Vaccine operations Central Provinces 1886-1899 - 1886-1899
Year: 1886
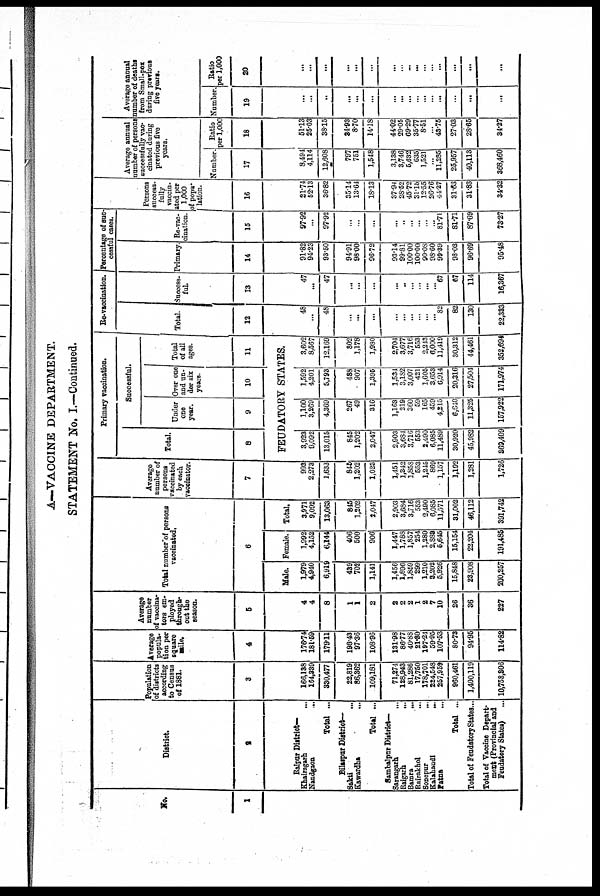
A—VACCINE DEPARTMENT.
STATEMENT No. I.—Continued.
No.
1
District.
2
Raipur District—
Khairagarh ...
Nandgaon
...
Total ...
Bilaspur District—
Sakti ...
Kawardha ...
Total ...
Sambalpur District—
Sarangarh
...
Raigarh
...
Bamra
...
Rairakhol
...
Sonepur ...
Kalahandi
...
Patna ...
Total ...
Total of FeudatoryStates ...
Total of Vaccine Depart¬
meat (Provincial and
Feudatory States)
...
Population
of districts
according
to Census
of 1881.
3
166,138
164,339
330,477
22,819
86,362
109,181
71,274
128,943
81,286
17,750
178,701
224,548
257,959
960,461
1,400,119
10,758,306
Average
popula-
tion per
square
mile.
4
176.74
181.59
179.11
198.43
97.36
108.96
131.98
86.77
40.88
21.30
197.24
59.95
107.53
80.73
94.95
114.82
Average
number
of vaccina¬
tors em-
ployed
through-
out the
season.
5
4
4
8
1
1
2
2
2
2
1
2
7
10
26
36
227
Total number of persons
vaccinated.
6
Male.
1,979
4,940
6,919
439
702
1,141
1,456
1,896
1,859
299
1,210
3,202
5,926
15,848
23,908
200,257
Female.
1,992
4,152
6,144
406
500
906
1,447
1,788
1,857
254
1,280
2,883
5,645
15,154
22,204
191,485
Total.
3,971
9,092
13,063
845
1,202
2,047
2,903
3,684
3,716
553
2,490
6,085
11,571
31,002
46,112
391,742
Average
number of
persons
vaccinated
by each
vaccinator.
7
993
2,273
1,633
845
1,202
1,023
1,451
1,342
1,858
553
1,245
869
1,157
1,192
1,281
1,726
Primary vaccination.
Total.
8
Successful.
Under
one
year.
9
Over one
and un-
der six
years.
10
Total
of all
ages.
11
FEUDATORY STATES.
3,923
9,092
13,015
845
1,202
2,047
2,903
3,684
3,716
553
2,490
6,085
11,489
30,920
45,982
369,409
1,100
3,269
4,369
267
49
316
1,163
219
360
59
165
459
4,215
6,640
11,325
157,922
1,592
4,201
5,793
488
907
1,395
1,534
3,182
3,007
421
1,605
3,653
6,014
20,316
27,504
171,974
3,602
8,567
12,169
802
1,178
1,980
2,704
3,677
3,716
553
2,243
6,000
11,419
30,312
44,461
352,694
Re-vaccination.
Total.
12
48
...
48
...
...
...
...
...
...
...
...
...
82
82
130
22,333
Success¬
ful.
13
47
...
47
...
...
...
...
...
...
...
...
...
67
67
114
16,367
Percentage of suc¬
cessful cases.
Primary.
14
91.82
94.23
93.50
94.91
98.00
96.72
93.14
99.81
100.00
100.00
90.08
98.60
99.39
98.03
96.69
95.48
Re-vac-
cination.
15
97.92
...
97.92
...
...
...
...
...
...
...
...
...
81.71
81.71
87.69
73.27
Persons
success-
fully
vaccin-
ated per
1,000
of popu-
lation.
16
21.74
52.13
36.82
35.14
13.64
18.13
37.94
28.52
45.72
31.15
12.55
26.76
44.27
31.63
31.83
34.32
Average annual
number of persons
successfully vac-
cinated daring
previous five
years.
Number.
17
8,494
4,114
12,608
797
751
1,548
3,138
3,746
5,632
635
1,521
...
11,285
25,957
40,113
368,460
Ratio
per 1,000
18
51.13
25.03
38.15
34.93
8.70
14.18
44.02
29.05
69.29
35.77
8.51
...
43.75
27.03
28.65
34.27
Average annual
number of deaths
from Small-pox
during previous
five years.
Number.
19
...
...
...
...
...
...
...
...
...
...
...
...
...
...
...
...
Ratio
per 1,000
20
...
...
...
...
...
...
...
...
...
...
...
...
...
...
...
...